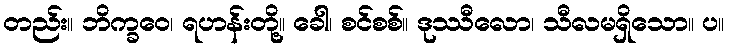
တည်း။ ဘိက္ခဝေ၊ ရဟန်းတို့။ ခေါ၊ စင်စစ်။ ဒုဿီလော၊ သီလမရှိသော။ ပ။